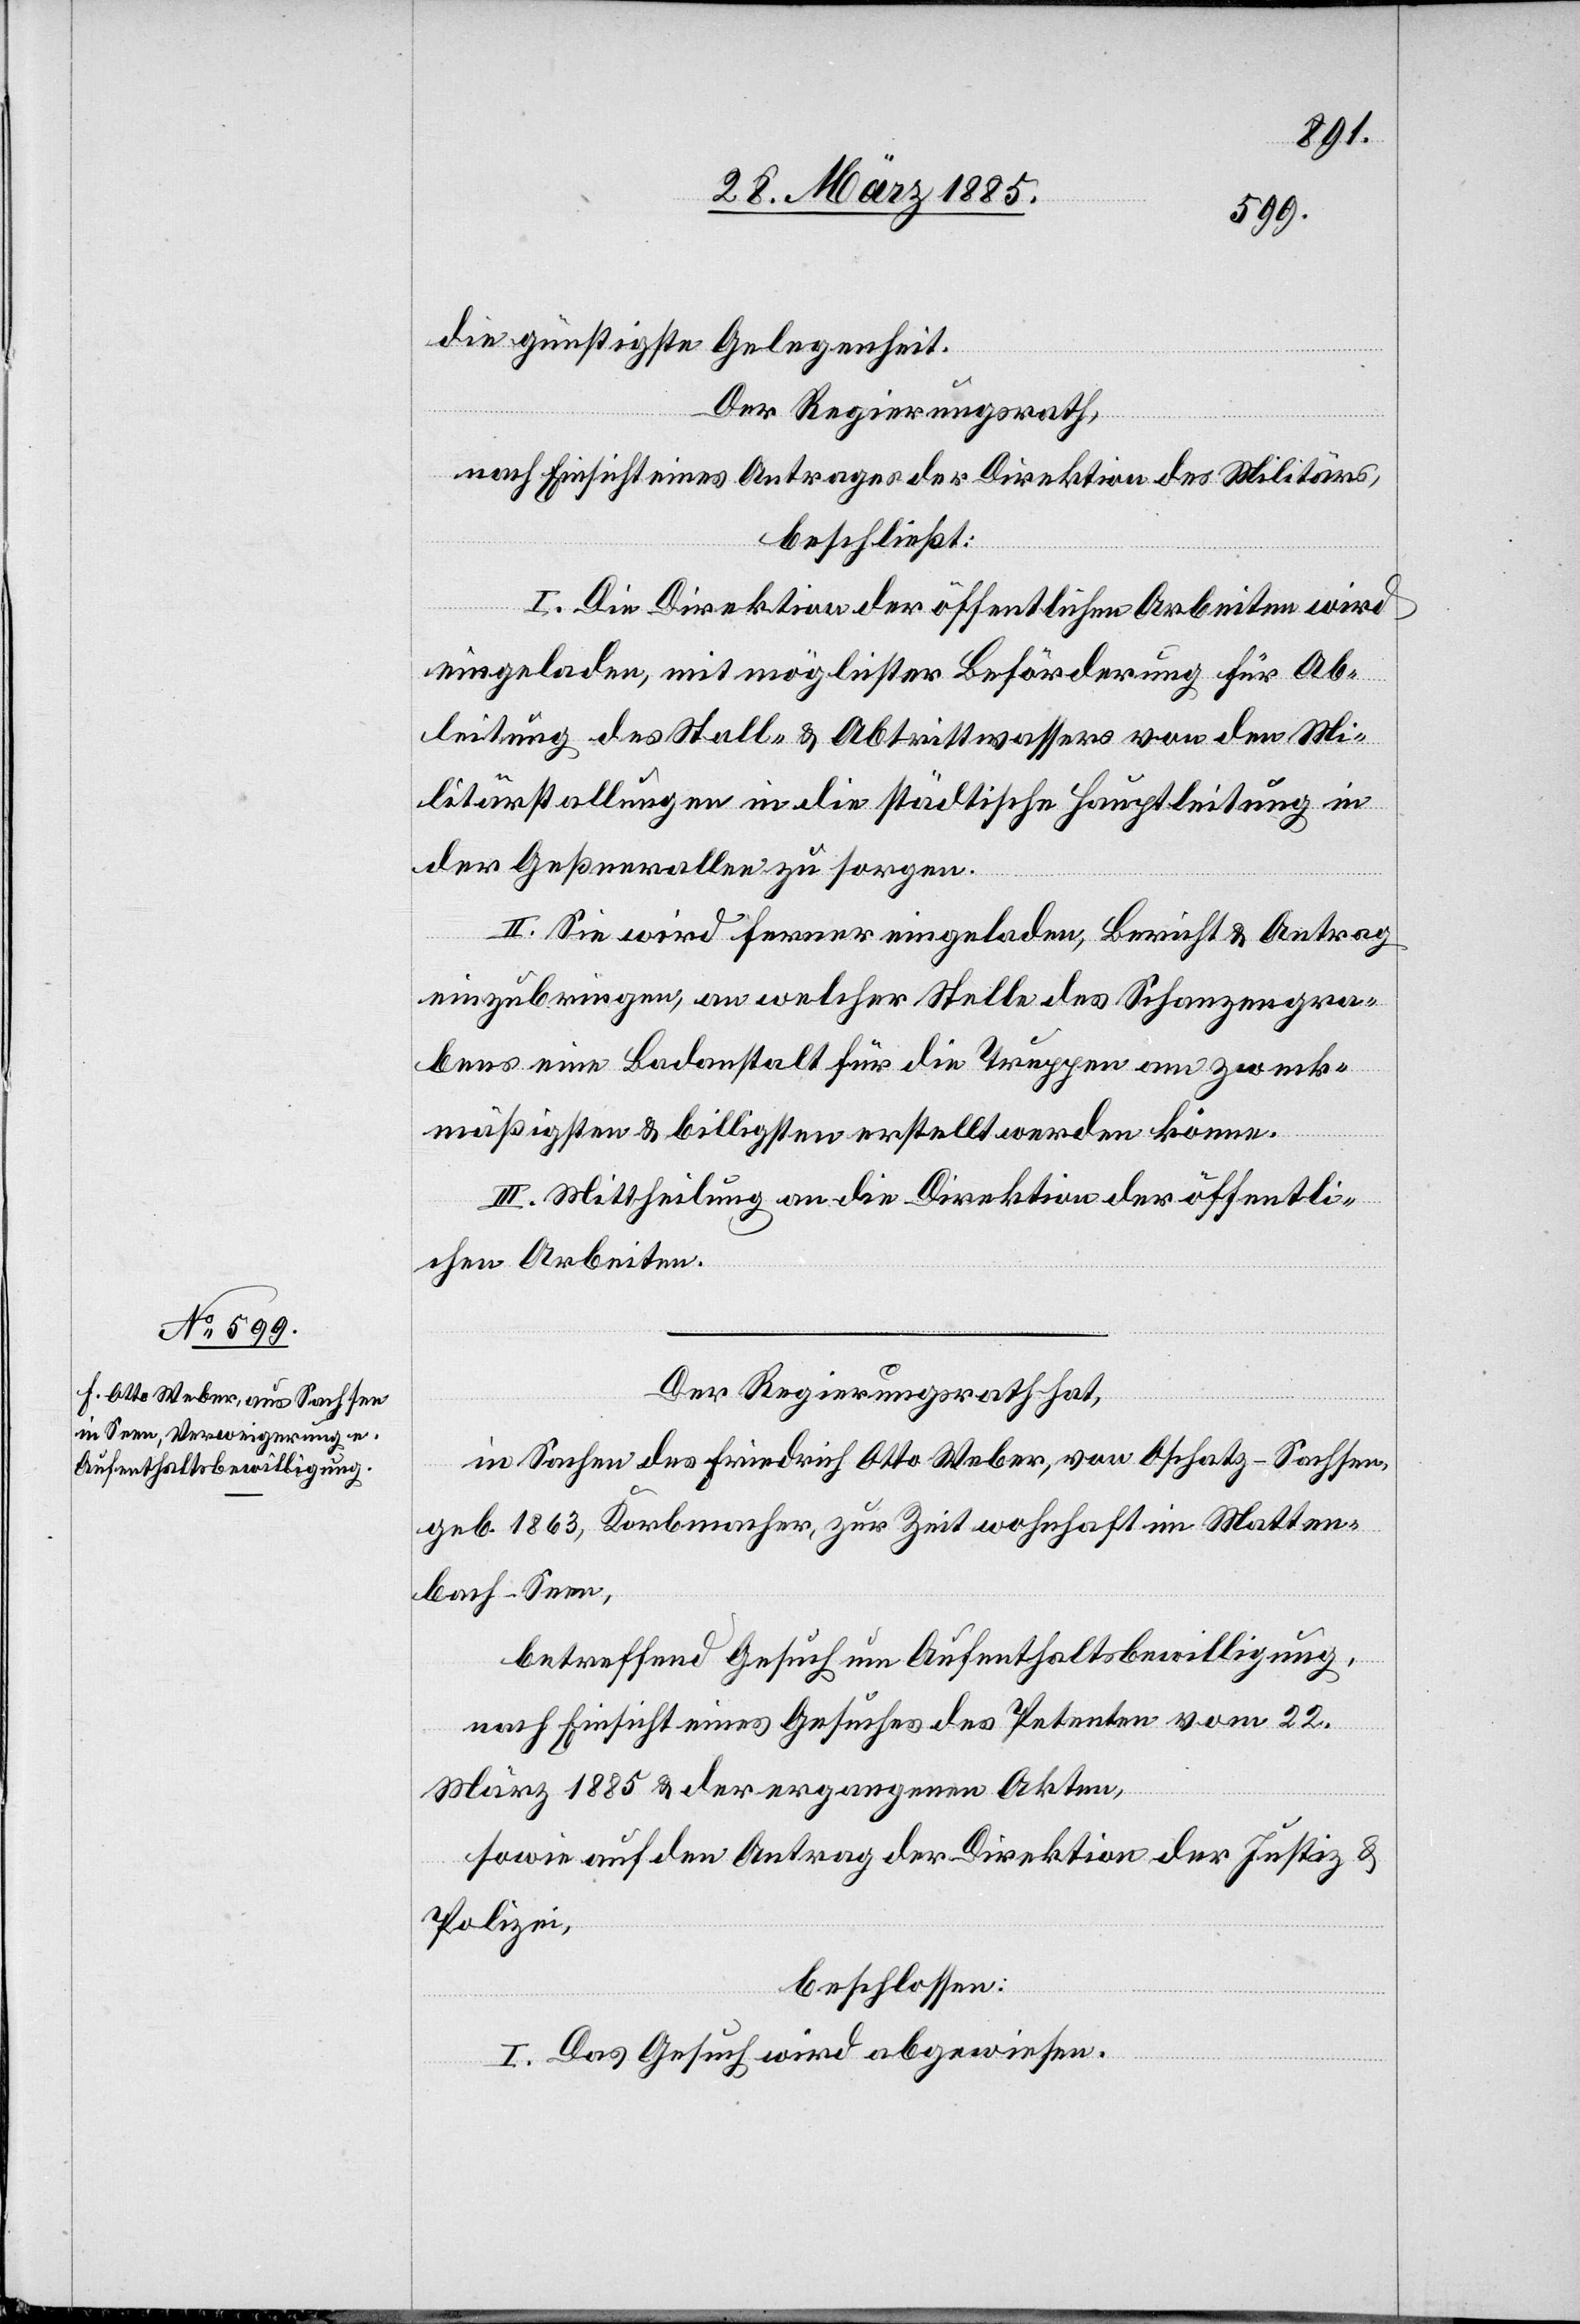
die günstigste Gelegenheit.
Der Regierungsrath,
nach Einsicht eines Antrages der Direktion des Militärs,
beschließt:
I. Die Direktion der öffentlichen Arbeiten wird
eingeladen, mit möglichster Beförderung für Ab¬
leitung des Stall- & Abtrittswassers von den Mi¬
litärstallungen in die städtische Hauptleitung in
der Geßnerallee zu sorgen.
II. Sie wird ferner eingeladen, Bericht & Antrag
einzubringen, an welcher Stelle des Schanzengra¬
bens eine Badanstalt für die Truppen am zweck¬
mäßigsten & billigsten erstellt werden könne.
III. Mittheilung an die Direktion der öffentli¬
chen Arbeiten.
Der Regierungsrath hat,
in Sachen des Friedrich Otto Weber, von Oschatz - Sachsen,
geb. 1863, Korbmacher, zur Zeit wohnhaft in Matten¬
bach - Seen,
betreffend Gesuch um Aufenthaltsbewilligung,
nach Einsicht eines Gesuches des Petenten vom 22.
März 1885 & der ergangenen Akten,
sowie auf den Antrag der Direktion der Justiz &
Polizei,
beschlossen:
I. Das Gesuch wird abgewiesen.